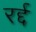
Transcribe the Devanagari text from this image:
रर्द्द